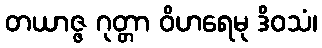
တယာဇ္ဇ ဂုတ္တာ ဝိဟရေမု ဒိဝသံ၊